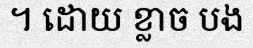
។ ដោយ ខ្លាច បង